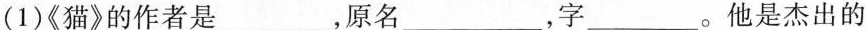
(1)《猫》的作者是___ ，原名___ ，字___ 。他是杰出的